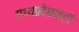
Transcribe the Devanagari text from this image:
मध्यप्रदेशातही